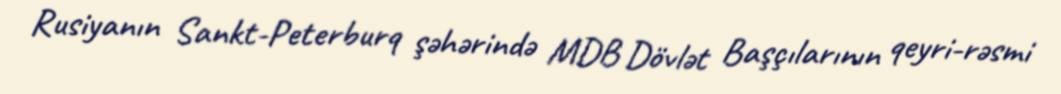
Rusiyanın Sankt-Peterburq şəhərində MDB Dövlət Başçılarının qeyri-rəsmi